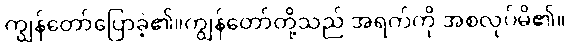
ကျွန်တော်ပြောခဲ့၏။ကျွန်တော်တို့သည် အရက်ကို အစလုပ်မိ၏။